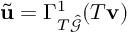
\tilde { \mathbf { u } } = \Gamma _ { T \hat { \mathcal { G } } } ^ { 1 } ( T \mathbf { v } )